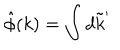
\hat { \phi } ( k ) = \int d \tilde { k } ^ { \prime }